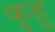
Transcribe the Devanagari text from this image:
कुहु